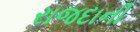
રાજદાની